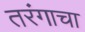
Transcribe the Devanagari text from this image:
तरंगाचा